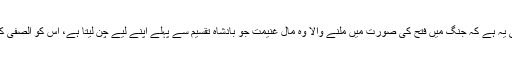
لغت میں صَفَا کا ایک معنیٰ یہ ہے کہ جنگ میں فتح کی صورت میں ملنے والا وہ مال غنیمت جو بادشاہ تقسیم سے پہلے اپنے لیے چن لیتا ہے، اُس کو الصَّفِی کہتے ہیں، یہ صَفَا سے ہے۔